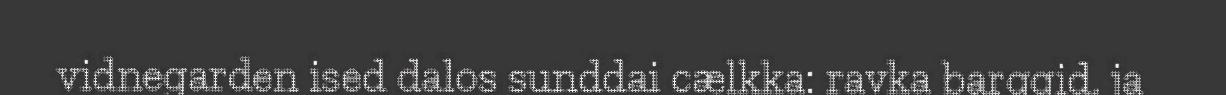
vidnegarden ised dalos sunddai cælkka: ravka barggid, ja